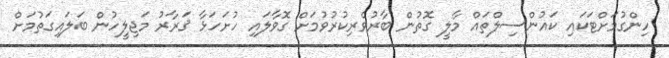
ހިންގުމަށްޓަކައި ކައުންސިލްތައް މާލީ ގޮތުން ބާރުވެރިކުރުވުމަށް ގޮވާލައި ހުށަހަޅާ ޤަރާރު މަޖިލީހުން ބަލައިގަތުމަށް